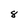
Character: 8